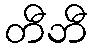
တီဘီ